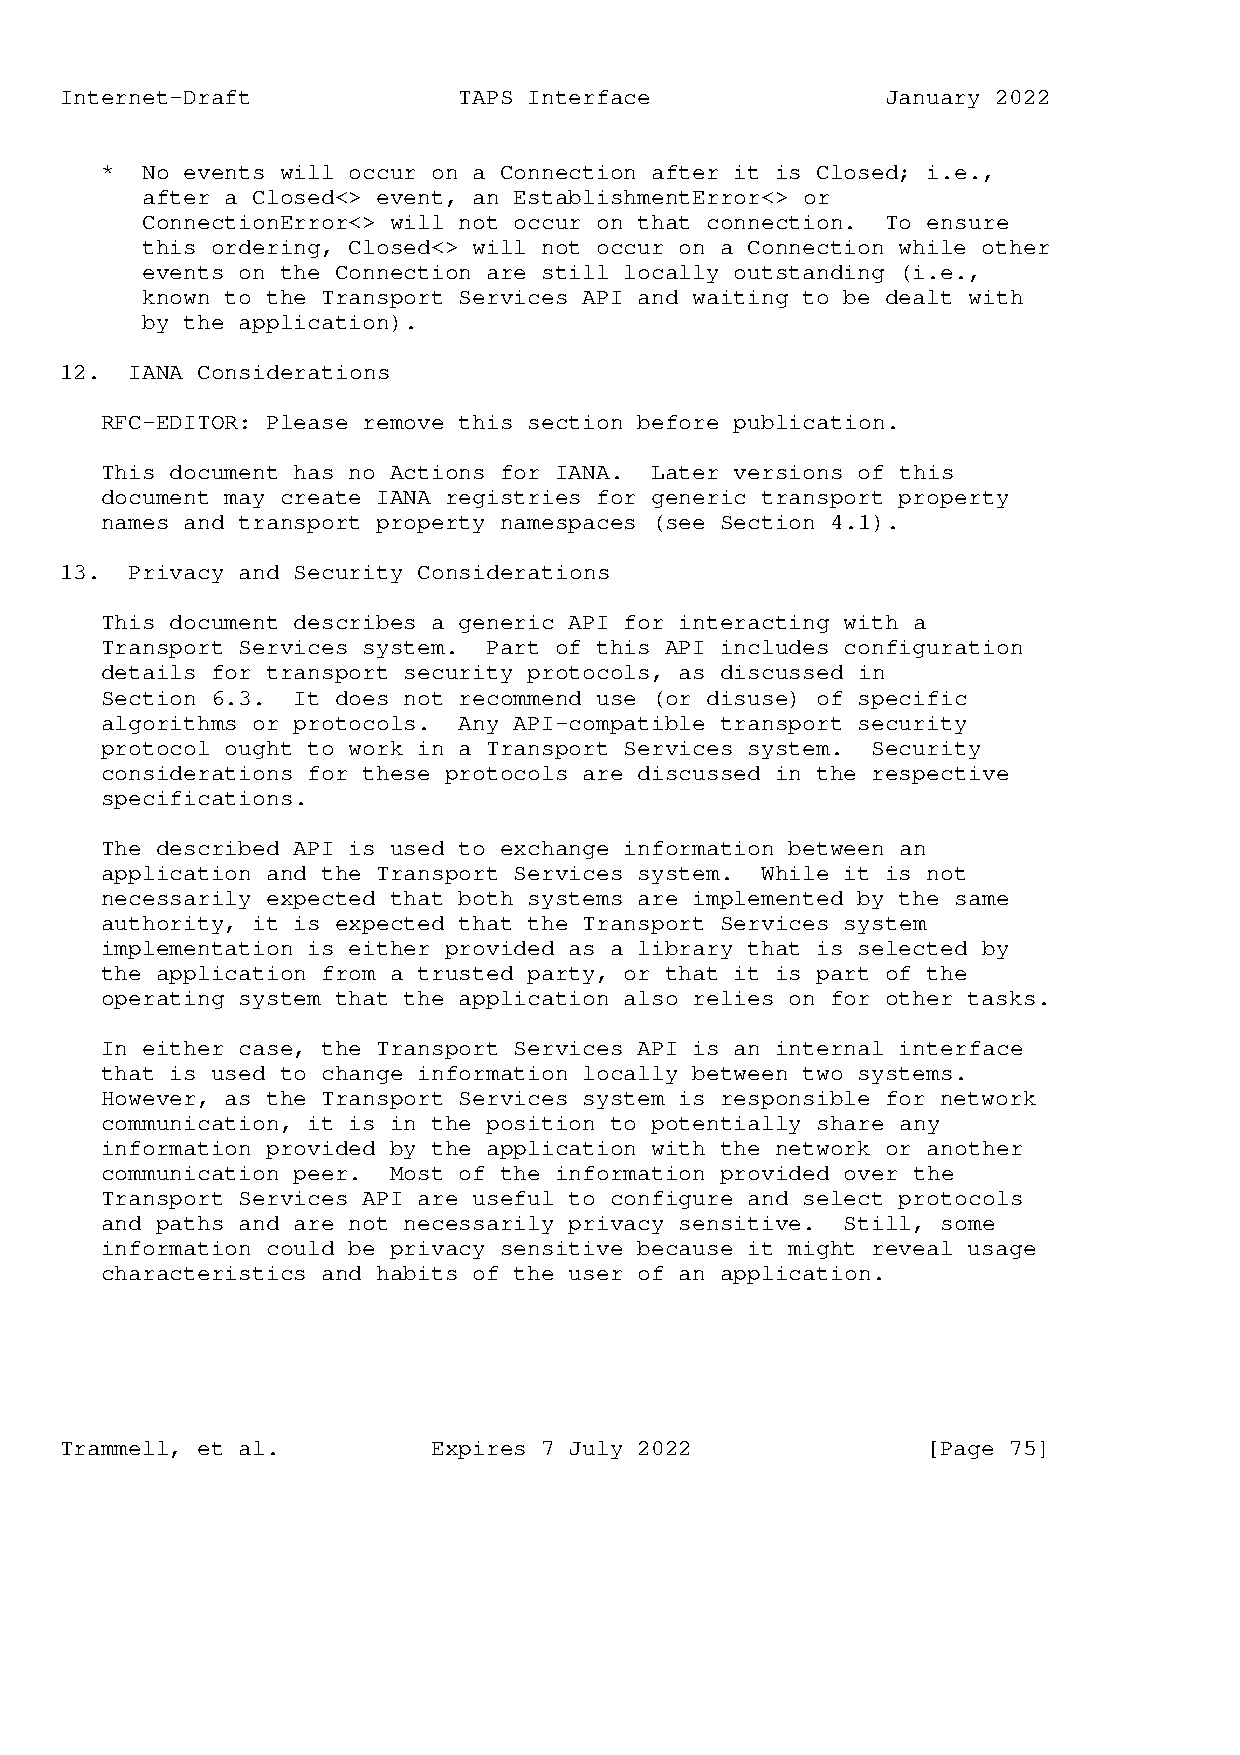
Internet-Draft            TAPS Interface               January 2022
 * No events will occur on a Connection after it is Closed; i.e.,
 after a Closed<> event, an EstablishmentError<> or
 ConnectionError<> will not occur on that connection. To ensure
 this ordering, Closed<> will not occur on a Connection while other
 events on the Connection are still locally outstanding (i.e.,
 known to the Transport Services API and waiting to be dealt with
 by the application).
 12.  IANA Considerations
 RFC-EDITOR: Please remove this section before publication.
 This document has no Actions for IANA. Later versions of this
 document may create IANA registries for generic transport property
 names and transport property namespaces (see Section 4.1).
 13.  Privacy and Security Considerations
 This document describes a generic API for interacting with a
 Transport Services system. Part of this API includes configuration
 details for transport security protocols, as discussed in
 Section 6.3. It does not recommend use (or disuse) of specific
 algorithms or protocols. Any API-compatible transport security
 protocol ought to work in a Transport Services system. Security
 considerations for these protocols are discussed in the respective
 specifications.
 The described API is used to exchange information between an
 application and the Transport Services system. While it is not
 necessarily expected that both systems are implemented by the same
 authority, it is expected that the Transport Services system
 implementation is either provided as a library that is selected by
 the application from a trusted party, or that it is part of the
 operating system that the application also relies on for other tasks.
 In either case, the Transport Services API is an internal interface
 that is used to change information locally between two systems.
 However, as the Transport Services system is responsible for network
 communication, it is in the position to potentially share any
 information provided by the application with the network or another
 communication peer. Most of the information provided over the
 Transport Services API are useful to configure and select protocols
 and paths and are not necessarily privacy sensitive. Still, some
 information could be privacy sensitive because it might reveal usage
 characteristics and habits of the user of an application.
 Trammell, et al.         Expires 7 July 2022             [Page 75]